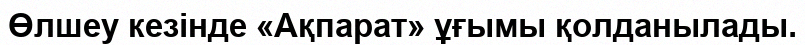
Өлшеу кезінде «Ақпарат» ұғымы қолданылады.